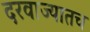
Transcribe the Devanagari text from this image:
दरवाज्यातच